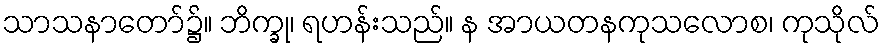
သာသနာတော်၌။ ဘိက္ခု၊ ရဟန်းသည်။ န အာယတနကုသလောစ၊ ကုသိုလ်